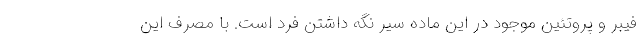
فیبر و پروتئین موجود در این ماده سیر نگه داشتن فرد است. با مصرف این